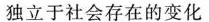
独立于社会存在的变化